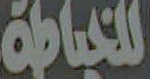
للخياطة